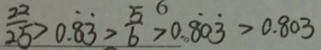
\frac { 2 2 } { 2 5 } > 0 . \dot { 8 } \dot { 3 } > \frac { 5 } { 6 } > 0 . \dot { 8 } 0 \dot { 3 } > 0 . 8 0 3